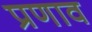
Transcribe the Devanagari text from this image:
प्रणाव